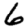
Digit: 6